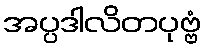
အပ္ပဒါလိတပုဗ္ဗံ